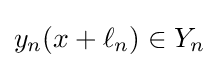
y_{n}(x+\ell _{n})\in Y_{n}